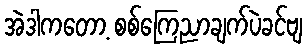
အဲဒါကတော့ စစ်ကြေညာချက်ပဲခင်ဗျ